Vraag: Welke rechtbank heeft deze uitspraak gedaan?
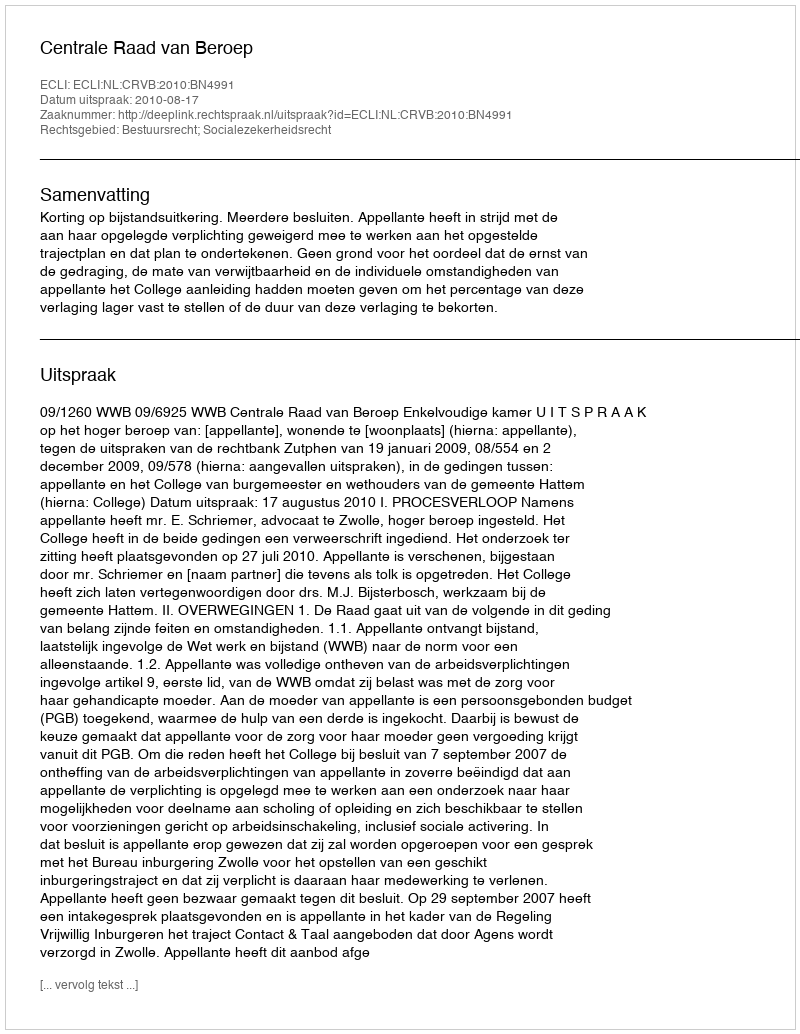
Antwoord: Centrale Raad van Beroep